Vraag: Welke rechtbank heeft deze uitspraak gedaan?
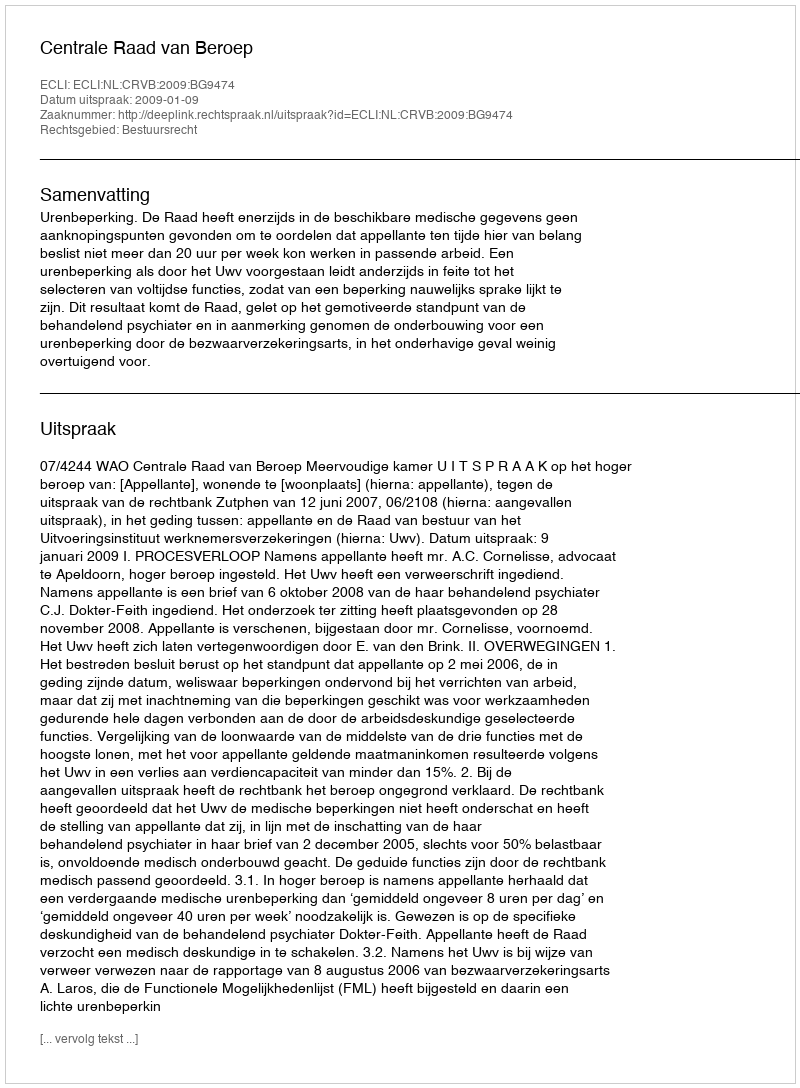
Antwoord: Centrale Raad van Beroep